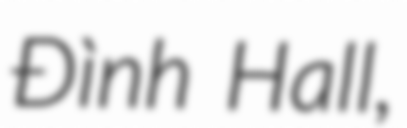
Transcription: Đình Hall,